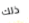
ذلك